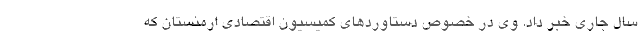
سال جاری خبر داد. وی در خصوص دستاوردهای کمیسیون اقتصادی ارمنستان که